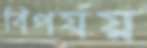
বিপর্যয়